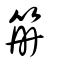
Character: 笧